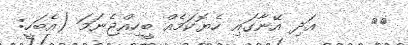
٢١     އަދި އޭނާގައި ހެޔޮކަމެއް ބީހިއްޖެނަމަ (އެބަހީ: